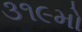
૩૧૯મો